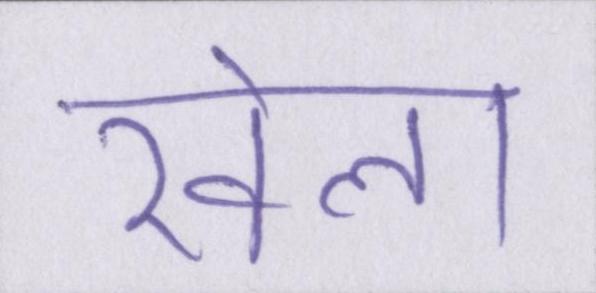
खेला